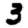
Digit: 3